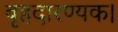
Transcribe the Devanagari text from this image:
बृहदारण्यक।